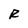
Character: R